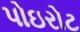
પોઇરોટ